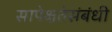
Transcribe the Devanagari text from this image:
सापेक्षतेसंबंधी